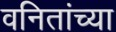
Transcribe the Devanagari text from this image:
वनितांच्या